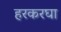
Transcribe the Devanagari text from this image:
हरकरघा